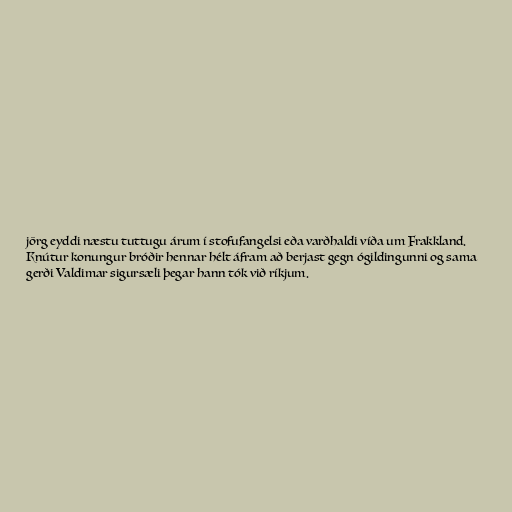
jörg eyddi næstu tuttugu árum í stofufangelsi eða varðhaldi víða um Frakkland.
Knútur konungur bróðir hennar hélt áfram að berjast gegn ógildingunni og sama
gerði Valdimar sigursæli þegar hann tók við ríkjum.